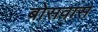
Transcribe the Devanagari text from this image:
बोसवास